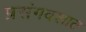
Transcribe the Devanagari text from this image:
प्रसंगवशात